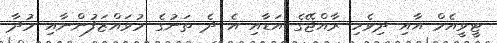
ޓީވީއެމް އާއި ދިވެހި ރާއްޖޭގެ އަޑާއި އެ ދެ ތަނުގެ މުވައްޒަފުންނާއި މުދާ